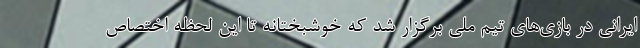
ایرانی در بازی‌های تیم ملی برگزار شد که خوشبختانه تا این لحظه اختصاص